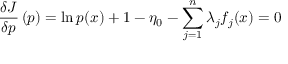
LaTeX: { \frac { \delta J } { \delta p } } \left( p \right) = \ln { p ( x ) } + 1 - \eta _ { 0 } - \sum _ { j = 1 } ^ { n } \lambda _ { j } f _ { j } ( x ) = 0